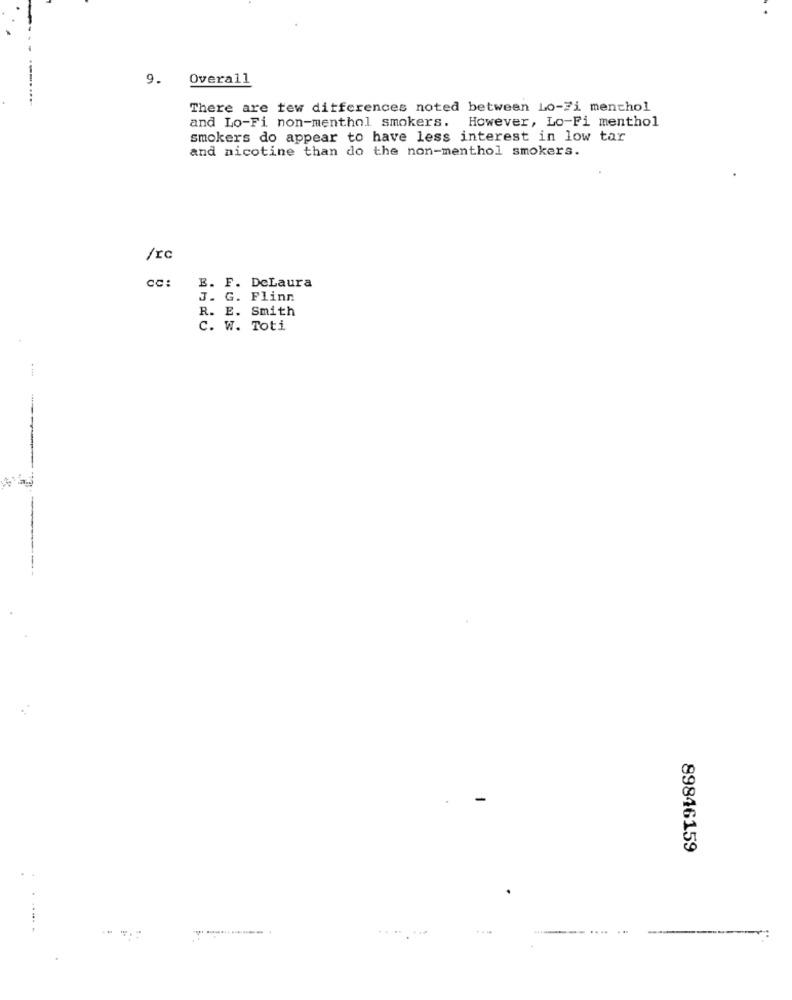
9. Overall
There are tew differences noted between Lo-Fi menthol
and Lo-Fi non-menthol smokers. However, Lo-Fi menthol
smokers do appear to have less interest in low tar
and nicotine than do the non-menthol smokers.
cc:
E. F. DeLaura
J. G. Flinn
R. E. Smith
C. W. Toti
89846159
...
....
..